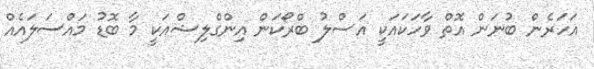
އަހަރެން ބުނަން އޮތް ވާހަކައަކީ އަސްލު ބްރޯކަން އިންގްލިޝްއަކީ މާ ބޮޑު މައްސަލައެއް